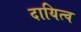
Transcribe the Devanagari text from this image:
दायित्‍व